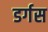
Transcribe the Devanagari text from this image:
डर्गस